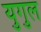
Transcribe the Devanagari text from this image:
युगुल